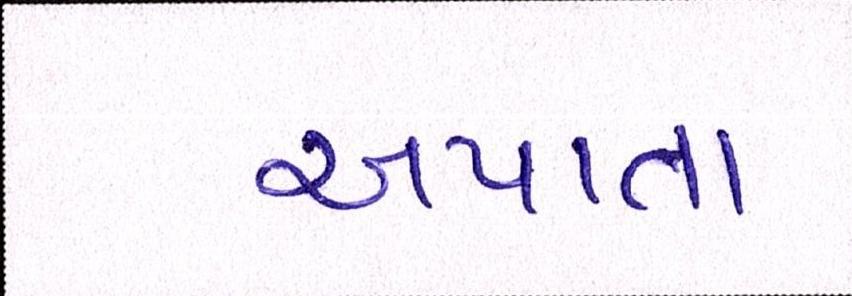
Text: અપાતા